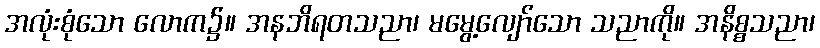
အလုံးစုံသော လောက၌။ အနဘိရတသညာ၊ မမွေ့လျော်သော သညာကို။ အနိစ္စသညာ၊